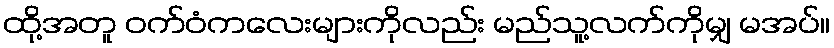
ထို့အတူ ဝက်ဝံကလေးများကိုလည်း မည်သူ့လက်ကိုမျှ မအပ်။